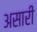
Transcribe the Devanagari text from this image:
असारी